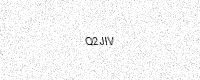
Text: Q2JIV